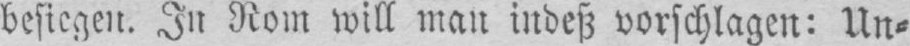
besiegen. In Rom will man indeß vorschlagen: Un⸗